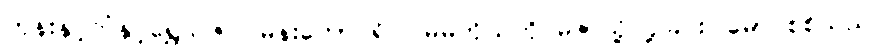
ဘုန်းနှင့်ကံနှင့်ရွှေသဇင်၊ မန်းတောင်ရိပ်၊ မိမိကိုယ်ကို မဲဇာသို့ ပို့ခြင်း၊ မောင်စစ်သည်၊